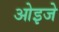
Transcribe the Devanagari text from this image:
ओइजे